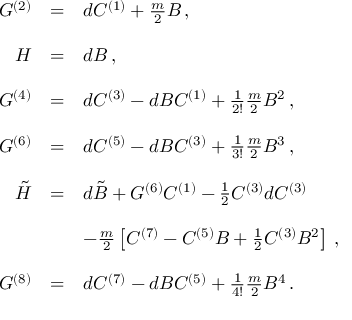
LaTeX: \begin{array} { r c l } { { G ^ { ( 2 ) } } } & { { = } } & { { d C ^ { ( 1 ) } + \frac { m } { 2 } B \, , } } \\ { { } } & { { } } & { { } } \\ { { H } } & { { = } } & { { d B \, , } } \\ { { } } & { { } } & { { } } \\ { { G ^ { ( 4 ) } } } & { { = } } & { { d C ^ { ( 3 ) } - d B C ^ { ( 1 ) } + \frac { 1 } { 2 ! } \frac { m } { 2 } B ^ { 2 } \, , } } \\ { { } } & { { } } & { { } } \\ { { G ^ { ( 6 ) } } } & { { = } } & { { d C ^ { ( 5 ) } - d B C ^ { ( 3 ) } + \frac { 1 } { 3 ! } \frac { m } { 2 } B ^ { 3 } \, , } } \\ { { } } & { { } } & { { } } \\ { { \tilde { H } } } & { { = } } & { { d \tilde { B } + G ^ { ( 6 ) } C ^ { ( 1 ) } - \frac { 1 } { 2 } C ^ { ( 3 ) } d C ^ { ( 3 ) } } } \\ { { } } & { { } } & { { } } \\ { { } } & { { } } & { { - \frac { m } { 2 } \left[ C ^ { ( 7 ) } - C ^ { ( 5 ) } B + \frac { 1 } { 2 } C ^ { ( 3 ) } B ^ { 2 } \right] \, , } } \\ { { } } & { { } } & { { } } \\ { { G ^ { ( 8 ) } } } & { { = } } & { { d C ^ { ( 7 ) } - d B C ^ { ( 5 ) } + \frac { 1 } { 4 ! } \frac { m } { 2 } B ^ { 4 } \, . } } \end{array}